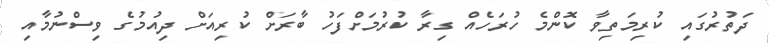
ދަތުރުގައި ކުރިމަތިވާ ކޮންމެ ހުރަހެއް ގިރާ ކުރުމަށްފަހު ބާރަށް ކުރިއަށް ދިއުމުގެ ވިސްނުމާއި